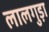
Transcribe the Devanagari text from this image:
लालगुड़ा